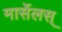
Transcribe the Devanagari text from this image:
मार्सेलस्